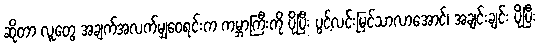
ဆိုတာ လူတွေ အချက်အလက်မျှဝေရင်းက ကမ္ဘာကြီးကို ပိုပြီး ပွင့်လင်းမြင်သာလာအောင်၊ အချင်းချင်း ပိုပြီး